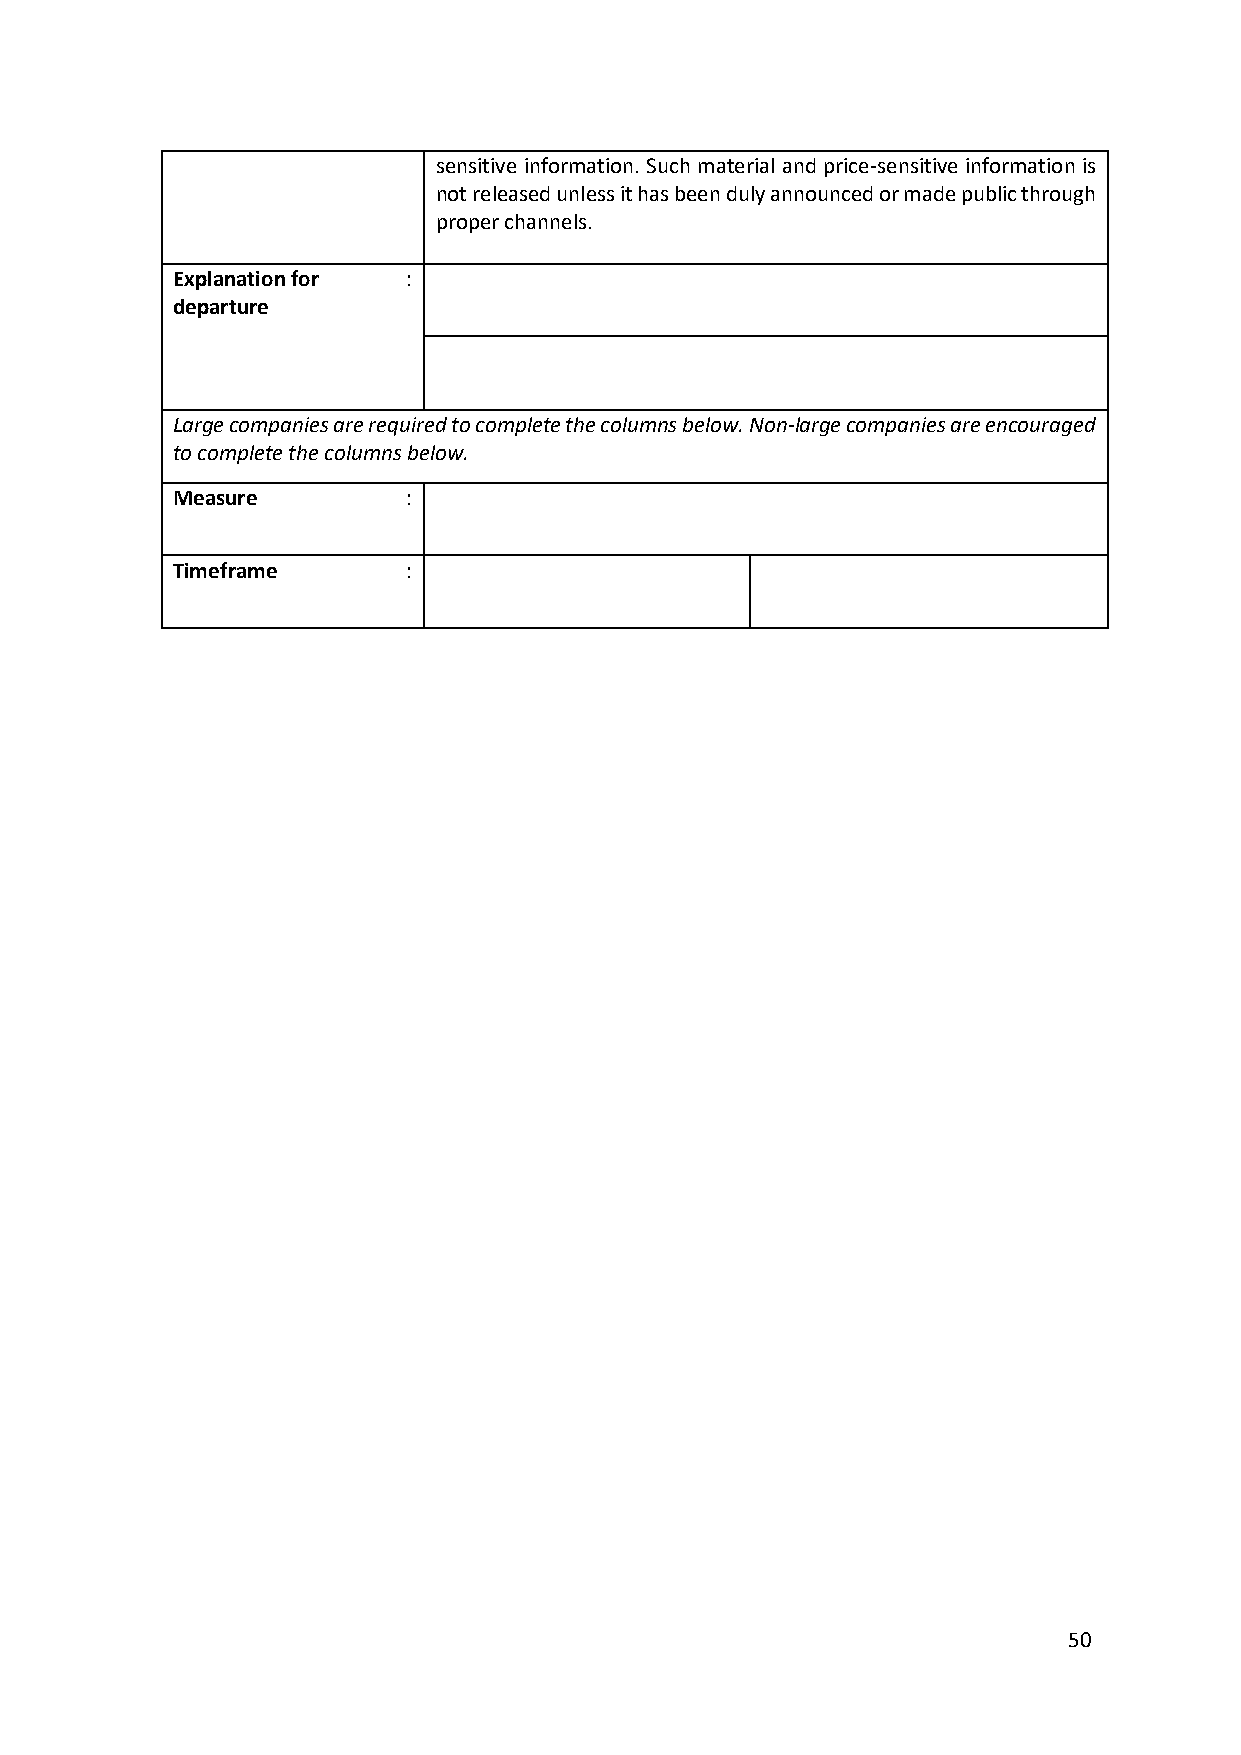
sensitive information. Such material and price-sensitive information is
 not released unless it has been duly announced or made public through
 proper channels.
 Explanation for :
 departure
 Large companies are required to complete the columns below. Non-large companies are encouraged
 to complete the columns below.
 Measure         :
 Timeframe       :
 50